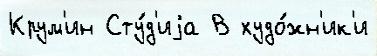
Крум'ин Сту́д'иjа В худо́жн'ик'и